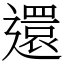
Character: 還